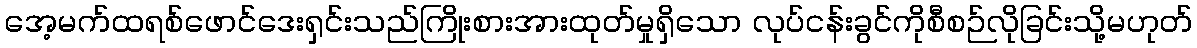
အေ့မက်ထရစ်ဖောင်ဒေးရှင်းသည်ကြိုးစားအားထုတ်မှုရှိသော လုပ်ငန်းခွင်ကိုစီစဉ်လိုခြင်းသို့မဟုတ်